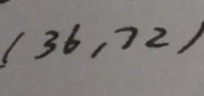
( 3 6 , 7 2 )